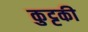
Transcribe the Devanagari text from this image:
कुट्टकी